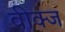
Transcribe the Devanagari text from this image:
वीक्ज